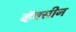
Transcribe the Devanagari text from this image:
व्हॅक्सीन